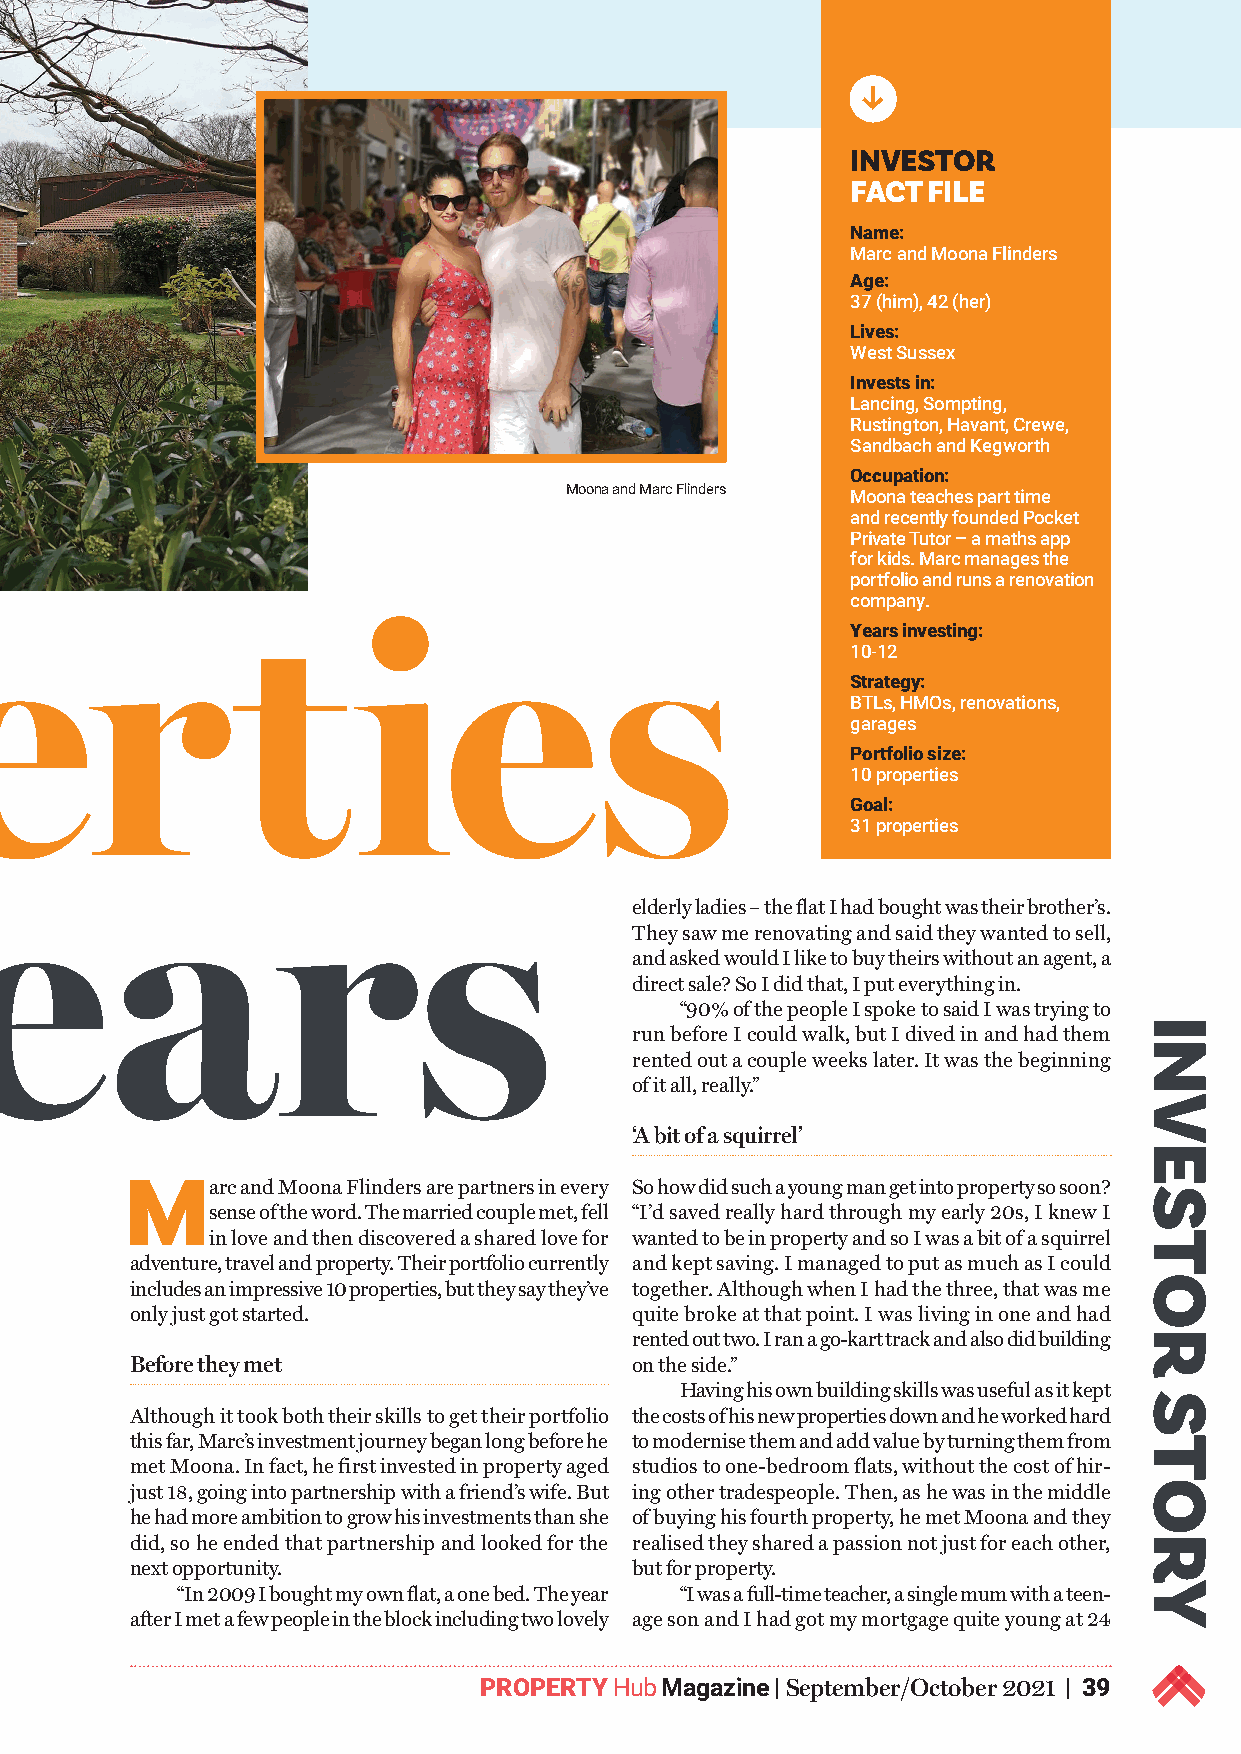
INVESTOR
 FACT FILE
 Name:
 Marc and Moona Flinders
 Age:
 37 (him), 42 (her)
 Lives:
 West Sussex
 Invests in:
 Lancing, Sompting,
 Rustington, Havant, Crewe,
 Sandbach and Kegworth
 Occupation:
 Moona and Marc Flinders
 Moona teaches part time
 and recently founded Pocket
 Private Tutor – a maths app
 for kids. Marc manages the
 portfolio and runs a renovation
 company.
 10 proper       t      ies
 Years investing:
 10-12
 Strategy:
 BTLs, HMOs, renovations,
 garages
 Portfolio size:
 10 properties
 Goal:
 31 properties
 in 10 years
 elderly ladies – the flat I had bought was their brother’s.
 They saw me renovating and said they wanted to sell,
 and asked would I like to buy theirs without an agent, a
 direct sale? So I did that, I put everything in.
 “90% of the people I spoke to said I was trying to
 run before I could walk, but I dived in and had them
 rented out a couple weeks later. It was the beginning
 of it all, really.”
 ‘A bit of a squirrel’
 Marc    and Moona Flinders are partners in every So how did such a young man get into property so soon?
 sense of the word. The married couple met, fell “I’d saved really hard through my early 20s, I knew I
 in love and then discovered a shared love for wanted to be in property and so I was a bit of a squirrel
 adventure, travel and property. Their portfolio currently and kept saving. I managed to put as much as I could
 includes an impressive 10 properties, but they say they’ve together. Although when I had the three, that was me
 only just got started.           quite broke at that point. I was living in one and had
 rented out two. I ran a go-kart track and also did building
 Before they met                  on the side.”
 Having his own building skills was useful as it kept
 Although it took both their skills to get their portfolio the costs of his new properties down and he worked hard
 this far, Marc’s investment journey began long before he to modernise them and add value by turning them from
 met Moona. In fact, he first invested in property aged studios to one-bedroom flats, without the cost of hir-
 just 18, going into partnership with a friend’s wife. But ing other tradespeople. Then, as he was in the middle
 he had more ambition to grow his investments than she of buying his fourth property, he met Moona and they
 did, so he ended that partnership and looked for the realised they shared a passion not just for each other,
 next opportunity.                but for property.
 “In 2009 I bought my own flat, a one bed. The year “I was a full-time teacher, a single mum with a teen-
 after I met a few people in the block including two lovely age son and I had got my mortgage quite young at 24
 PROPERTY Hub Magazine | September/October 2021 | 39
 k
 INVESTOR
 STORY